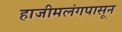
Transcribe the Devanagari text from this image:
हाजीमलंगपासून